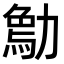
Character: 𠢰